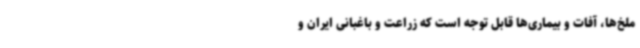
ملخ‌ها، آفات و بیماری‌ها قابل توجه است که زراعت و باغبانی ایران و